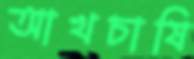
আখচাষি